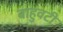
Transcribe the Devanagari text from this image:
बाहुवटीं